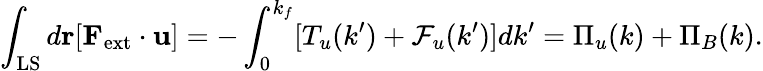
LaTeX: \int_{\mathrm{LS}}d{\mathbf r}[{\mathbf F}_{\mathrm{ext}}\cdot{\mathbf u}]=-\int_{0}^{k_{f}}[T_{u}(k^{\prime})+\mathcal{F}_{u}(k^{\prime})]dk^{\prime}=\Pi_{u}(k)+\Pi_{B}(k).